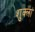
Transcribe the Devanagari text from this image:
शुक्लां